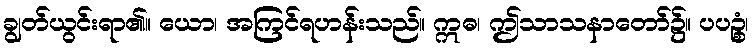
ချွတ်ယွင်းရာ၏။ ယော၊ အကြင်ရဟန်းသည်။ ဣဓ၊ ဤသာသနာတော်၌။ ပပဉ္စံ၊